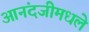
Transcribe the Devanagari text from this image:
आनंदजीमधले